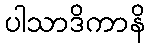
ပါသာဒိကာနိ